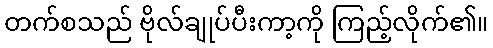
တက်စသည် ဗိုလ်ချုပ်ပီးကာ့ကို ကြည့်လိုက်၏။